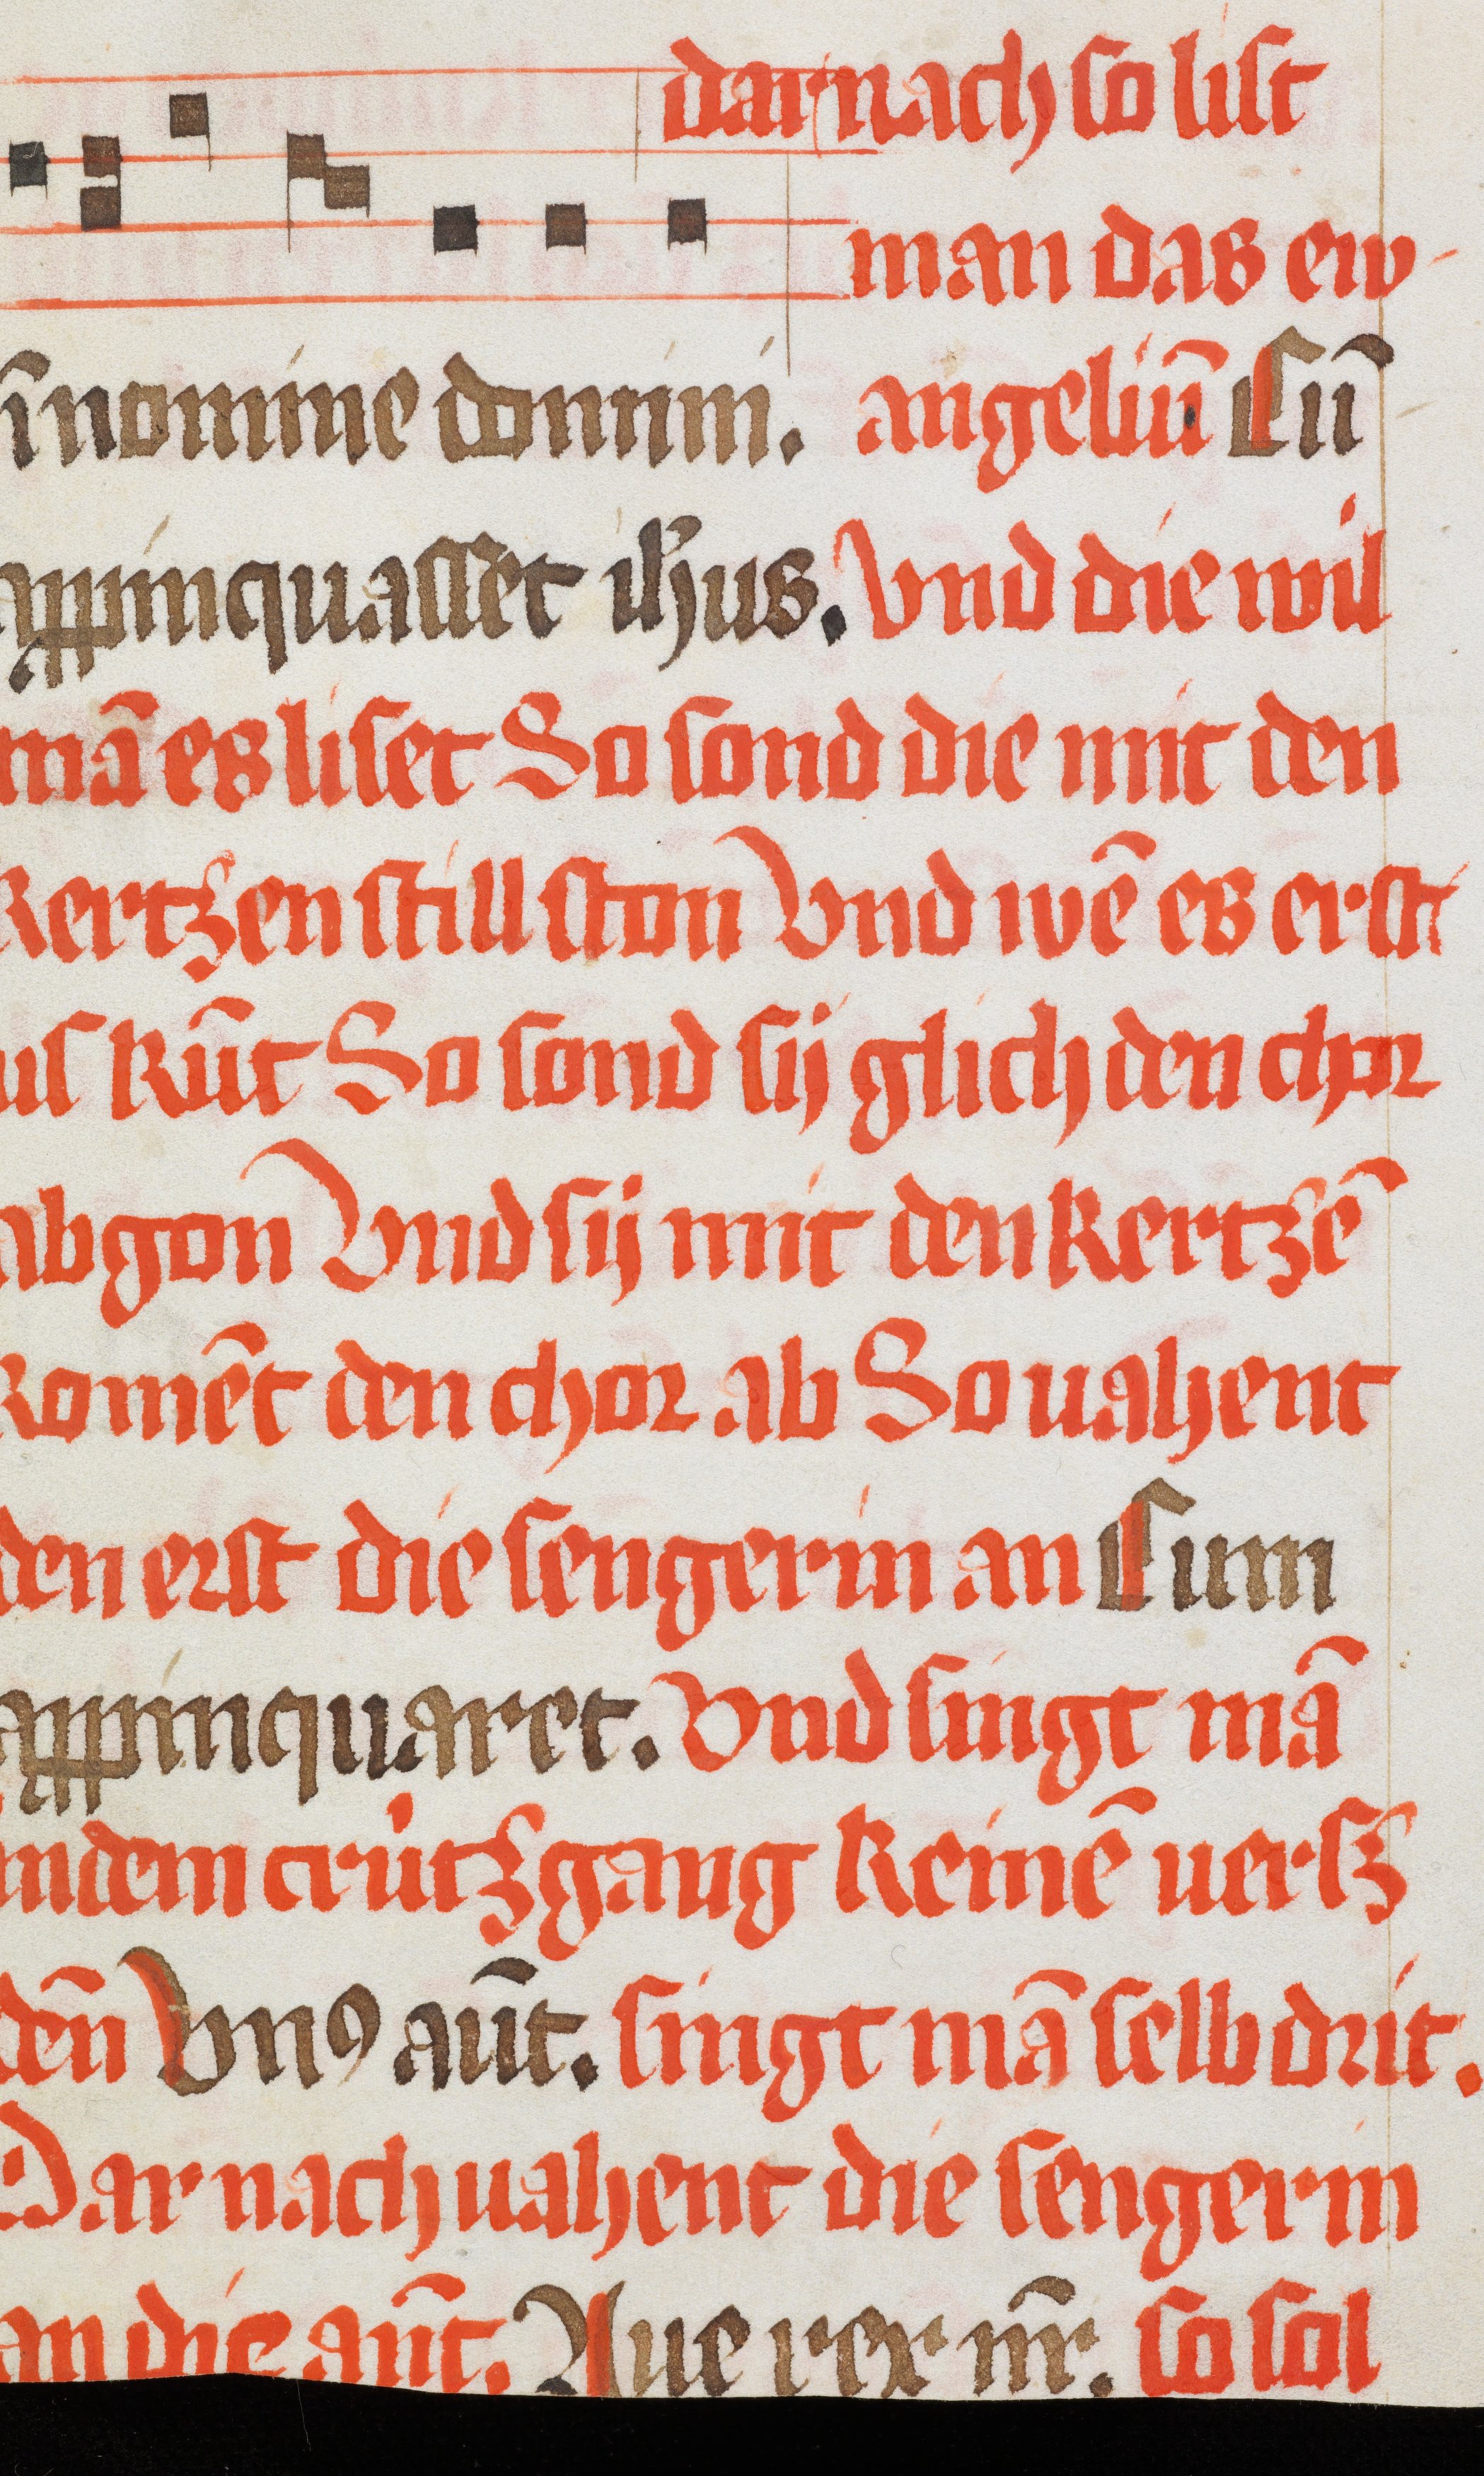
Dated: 1484–1487